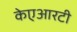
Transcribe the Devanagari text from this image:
केएआरटी